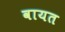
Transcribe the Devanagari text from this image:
वायत